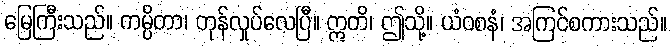
မြေကြီးသည်။ ကမ္ပိတာ၊ တုန်လှုပ်လေပြီ။ ဣတိ၊ ဤသို့။ ယံဝစနံ၊ အကြင်စကားသည်။